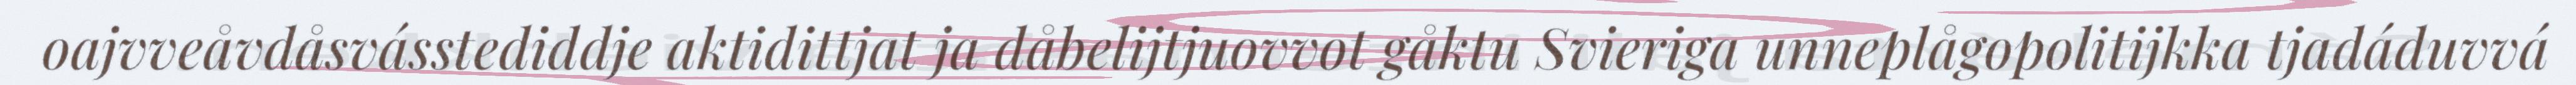
oajvveåvdåsvásstediddje aktidittjat ja dåbelijtjuovvot gåktu Svieriga unneplågopolitijkka tjadáduvvá